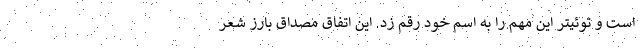
است و توئیتر این مهم را به اسم خود رقم زد. این اتفاق مصداق بارز شعر